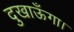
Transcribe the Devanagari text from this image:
दुखाऊँगा।